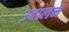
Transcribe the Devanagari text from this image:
उवालने